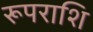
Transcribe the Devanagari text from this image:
रूपराशि